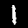
Digit: 1